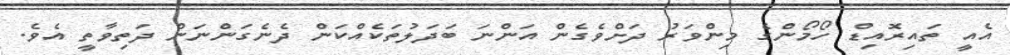
އެއީ ތައިރޮއިޑް ހޯމޯންގެ މިންވަރު ދަށްވެގެން އަންނަ ބަދަލުތަކެއްކަން ދެނެގަންނަން ދަތިވާތީ އެވެ.